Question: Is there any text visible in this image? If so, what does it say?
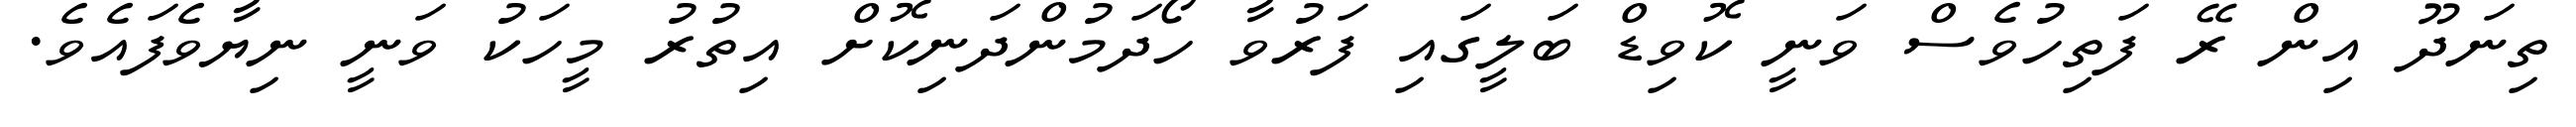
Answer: ތިނަދޫ އިން ރޭ ފަތިހުވެސް ވަނީ ކޮވިޑް ބަލީގައި ފަރުވާ ހޯދަމުންދަނިކޮށް އިތުރު މީހަކު ވަނީ ނިޔާވެފައެވެ.